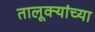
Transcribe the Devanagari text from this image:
तालूक्यांच्या